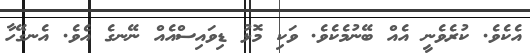
އެކެވެ. ކުރެވެނީ އެއް ބޭނުމެކެވެ. ވަކި މޮޅު ޑިވައިސްއެއް ނޭނގެ އެވެ. އެނގޭހާ